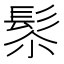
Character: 𩬯